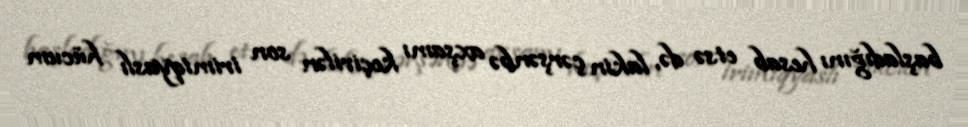
başladığını hesab etsə də, lakin çərşənbə axşamı keçirilən son irimiqyaslı hücum